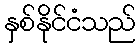
နှစ်နိုင်ငံသည်